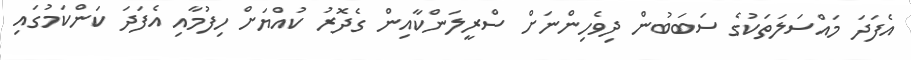
އެފަދަ މައްސަލަތަކުގެ ސަބަބުން ދިވެހިންނަށް ސްރީލަންކާއިން ގެދޮރު ކުއްޔަށް ހިފުމާއި އެފަދަ ކަންކަމުގައި